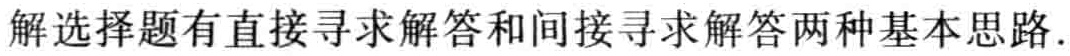
解选择题有直接寻求解答和间接寻求解答两种基本思路.